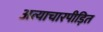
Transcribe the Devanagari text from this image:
अत्याचारपीड़ित